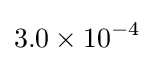
3.0\times 10^{-4}